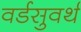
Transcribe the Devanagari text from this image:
वर्डसुवर्थ